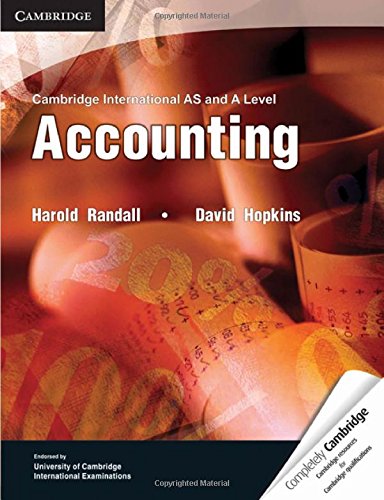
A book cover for Cambridge International AS and A Level Accounting Textbook (Cambridge International Examinations); Harold Randall; Business & Money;